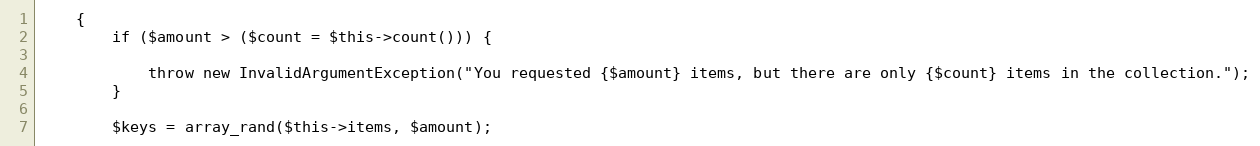
Language: PHP
    {
        if ($amount > ($count = $this->count())) {

            throw new InvalidArgumentException("You requested {$amount} items, but there are only {$count} items in the collection.");
        }

        $keys = array_rand($this->items, $amount);